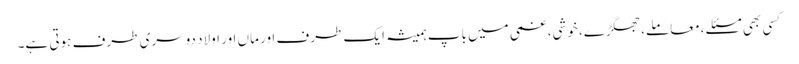
کسی بھی مسئلے ،معاملے، جھگڑے، خوشی، غمی میں باپ ہمیشہ ایک طرف اور ماں اور اولاد دوسری طرف ہوتی ہے۔